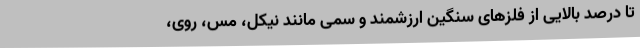
تا درصد بالایی از فلزهای سنگین ارزشمند و سمی مانند نیکل، مس، روی،